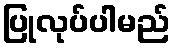
ပြုလုပ်ပါမည်